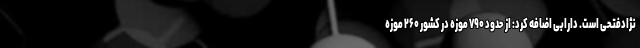
نژادفتحی است. دارابی اضافه کرد: از حدود ۷۹۰ موزه در کشور ۲۶۰ موزه